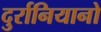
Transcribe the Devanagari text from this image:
दुर्रानियानो